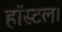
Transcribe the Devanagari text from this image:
हॉस्टल।